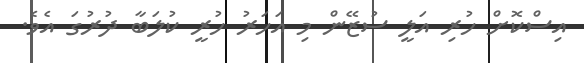
އިސްކޮށް ހުރި އަލީ ސުޒޭން މި އަހަރު ހުރީ ކުލަބާ ދުރުގަ އެވެ.